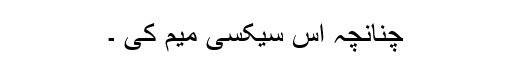
چنانچہ اس سیکسی میم کی ۔